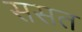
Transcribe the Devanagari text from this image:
ससत